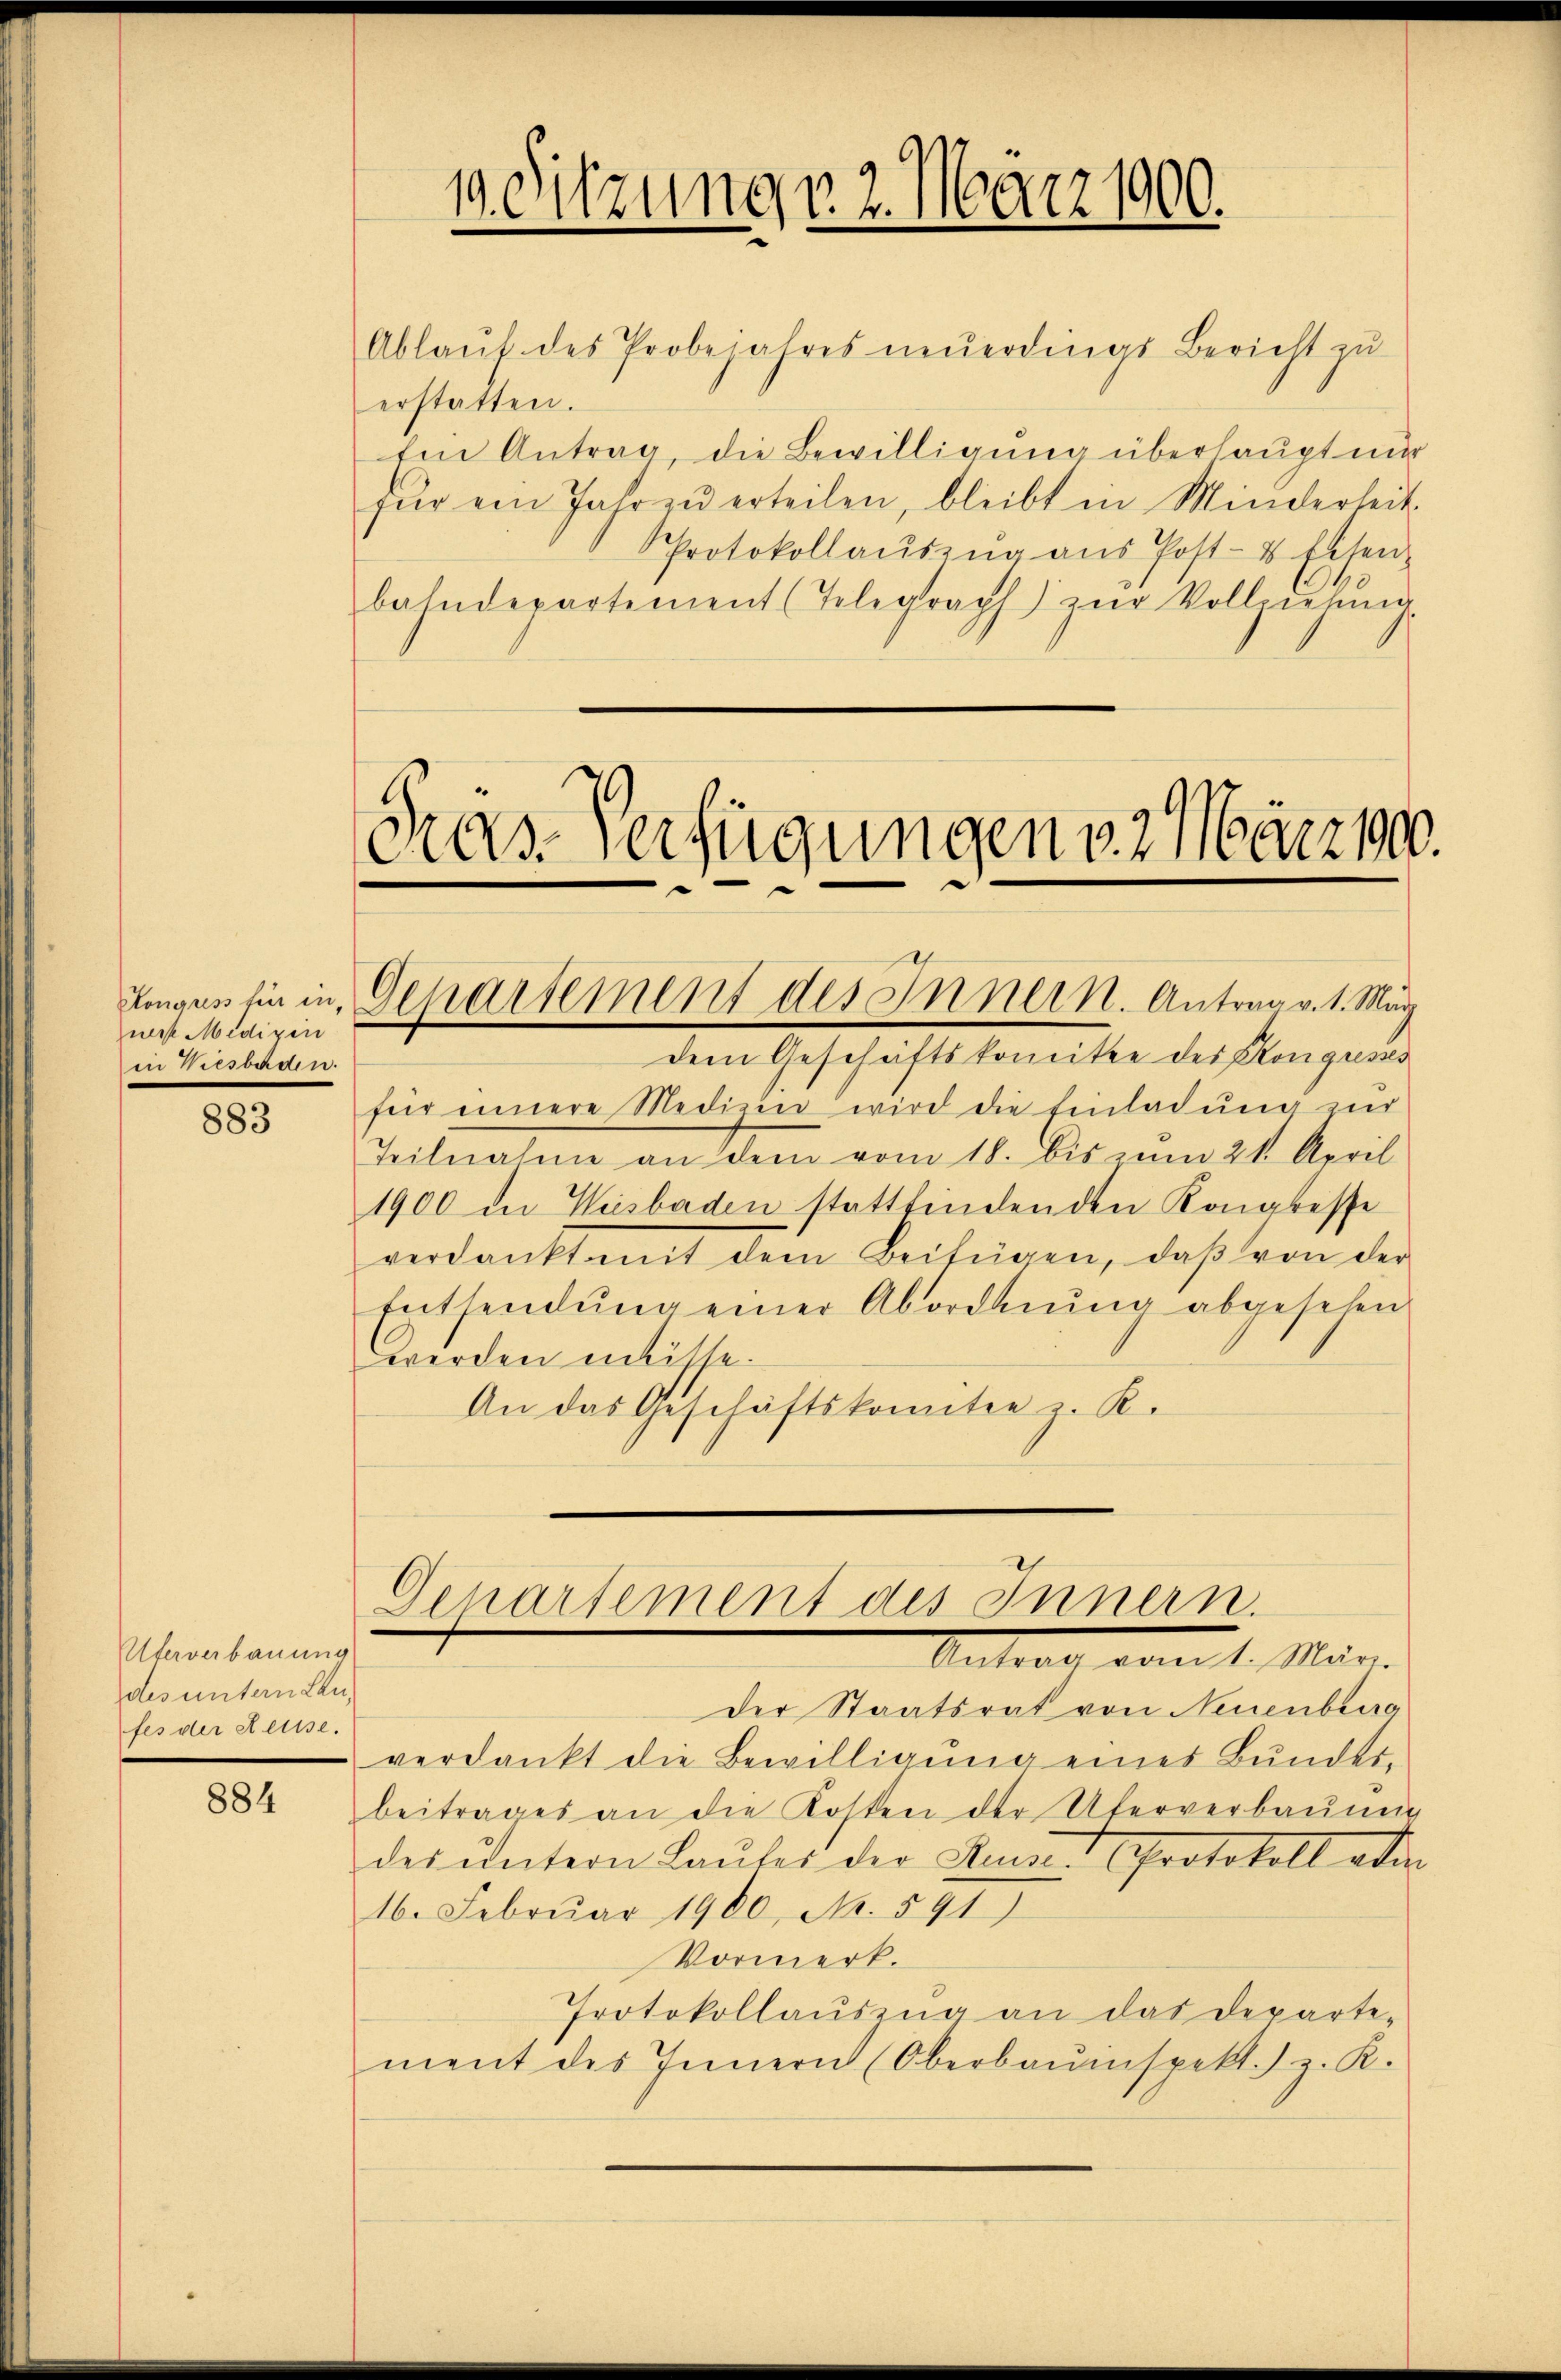
nerst Midigen
in Wiesberden.

883

Uterverbauung
des untern Lanfes der Reusse.

884

Ablauf des Probejahres neuerdings Bericht zu
erstatten.
Ein Antrag, die Bewilligung überhaupt nur
für ein Jahr zŭ erteilen, bleibt in Minderheit.
Protokollaŭszŭg aŭs Post- & Eisen-
bahndepartement (Telegraph) zŭr Vollziehŭng

19. Sitzung v. 2. März 1900.

Präs. Verfügungen v. 2. März 190.
Longus fin in Deparsement des Innern. Antrag v. 1. März

dem Geschriftskomitte des Kongresses
für innere Medien wird die Einladung zur
Teilnahme an dem vom 18. bis zum 21. April
1900 in Wiesbaden stattfindenden Kongresse
verdankt mit dem Beifügen, daβ von der
Entsendŭng einer Abordnŭng abgesehen
werden müsse.
An das Geschäftskomitee z. R.

Departement des Innern.
Antrag vom 1. Mari

Der Staatsrat von Neuenburg
verdankt die Bewilligung eines Bunder-
beitrages an die Kosten der Uferverbaumig
des ŭntern Laŭtes der Kinde Protokoll abe
16. Febrŭar 1900, No. 591)
Vormerk.
Protokollaŭszŭg an das Departe-
ment des Innern (Oberbauinspekt.) z. R.